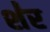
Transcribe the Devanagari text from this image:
श॑र